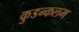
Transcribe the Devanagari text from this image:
कुडन्कलम